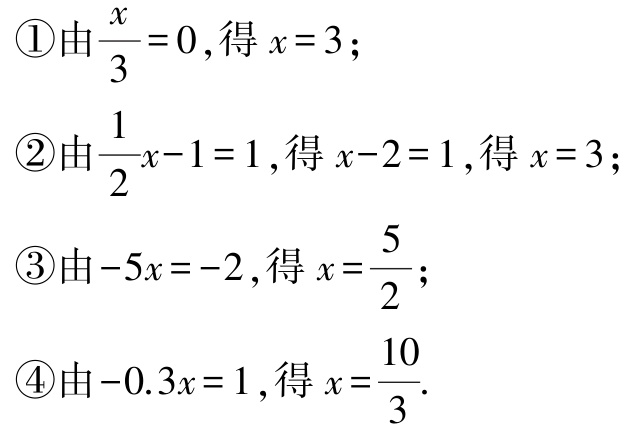
\textcircled{1}由$\frac{x}{3}=0$,得$x = 3$;

\textcircled{2}由$\frac{1}{2}x - 1 = 1$,得$x - 2 = 1$,得$x = 3$;

\textcircled{3}由$-5x = -2$,得$x=\frac{5}{2}$;

\textcircled{4}由$-0.3x = 1$,得$x=\frac{10}{3}$.